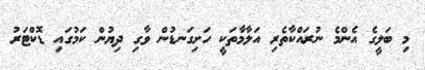
މި ބަލީގެ އެންމެ ނުރައްކާތެރި އަލާމާތަކީ ހަށިގަނޑުން ވާގި ދިޔުން ކަމުގައި ޑޮކްޓަރު